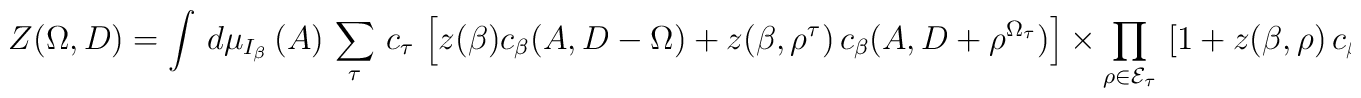
\left.  Z(\Omega,D) = \int \, d \mu_{I_{\beta}} \, (A) \, \sum_{\tau} \, c_{\tau} \, \left[ z(\beta) c_{\beta} (A, D - \Omega) + z(\beta,\rho^{\tau}) \, c_{\beta} (A, D + \rho^{\Omega_{\tau}}) \right] \times \prod_{\rho \in {\cal E}_{\tau}} \, \left[ 1 + z(\beta,\rho) \, c_{\beta} (A,\rho) \right] \ .\right.